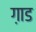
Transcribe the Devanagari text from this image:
ग़ाड